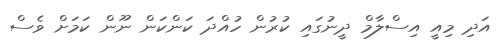
އަދި މިއީ އިސްލާމް ދީނުގައި ކުރުން ހުއްދަ ކަންކަން ނޫން ކަމަށް ވެސް